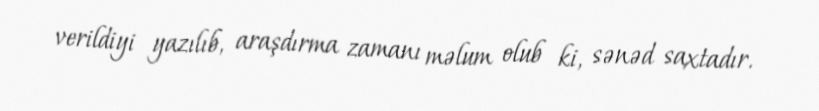
verildiyi yazılıb, araşdırma zamanı məlum olub ki, sənəd saxtadır.